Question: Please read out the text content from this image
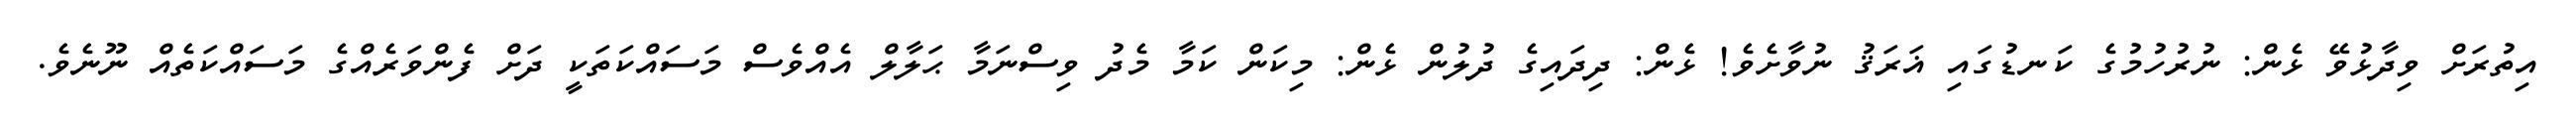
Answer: އިތުރަށް ވިދާޅުވޭ ޅެން: ނުރުހުމުގެ ކަނޑުގައި ޣަރަޤު ނުވާށެވެ! ޅެން: ދިދައިގެ ދުލުން ޅެން: މިކަން ކަމާ މެދު ވިސްނަމާ ޙަލާލް އެއްވެސް މަސައްކަތަކީ ދަށް ފެންވަރެއްގެ މަސައްކަތެއް ނޫނެވެ.